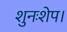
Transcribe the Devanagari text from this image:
शुनःशेप।